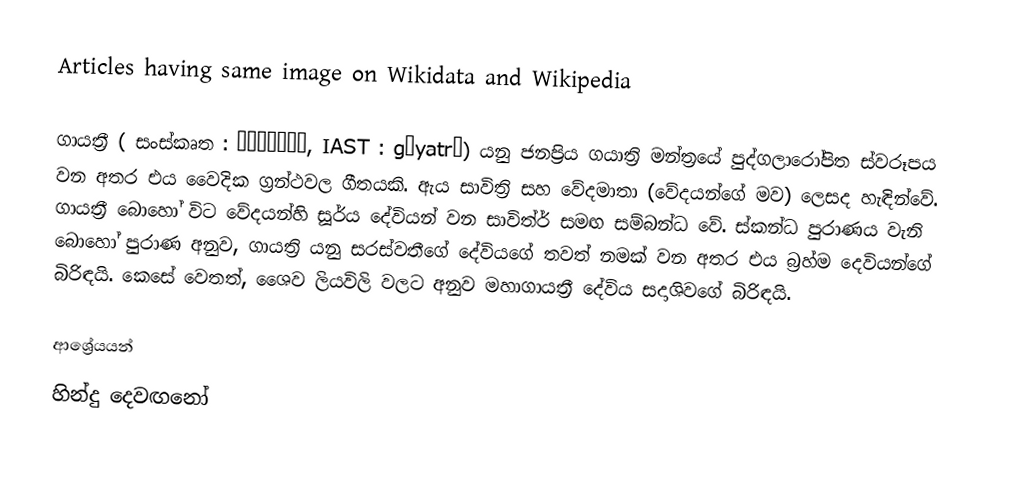
Articles having same image on Wikidata and Wikipedia

ගායත්‍රී ( සංස්කෘත : गायत्री, IAST : gāyatrī) යනු ජනප්‍රිය ගයාත්‍රි මන්ත්‍රයේ පුද්ගලාරෝපිත ස්වරූපය වන අතර එය වෛදික ග්‍රන්ථවල ගීතයකි.  ඇය සාවිත්‍රි සහ වේදමාතා (වේදයන්ගේ මව) ලෙසද හැඳින්වේ. ගායත්‍රී බොහෝ විට වේදයන්හි සූර්ය දේවියන් වන සාවිත්ර් සමඟ සම්බන්ධ වේ.   ස්කන්ධ පුරාණය වැනි බොහෝ පුරාණ අනුව, ගායත්‍රි යනු සරස්වතීගේ දේවියගේ තවත් නමක් වන අතර එය බ්‍රහ්ම දෙවියන්ගේ බිරිඳයි.  කෙසේ වෙතත්, ශෛව ලියවිලි වලට අනුව මහාගායත්‍රී දේවිය සදාශිවගේ බිරිඳයි.

ආශ්‍රේයයන්
හින්දු දෙවඟනෝ